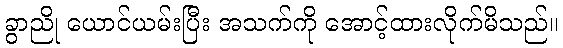
ခွာညို ယောင်ယမ်းပြီး အသက်ကို အောင့်ထားလိုက်မိသည်။